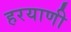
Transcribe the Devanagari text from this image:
हरयाणी